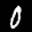
Label: 0